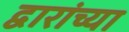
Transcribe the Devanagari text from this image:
द्वारांच्या